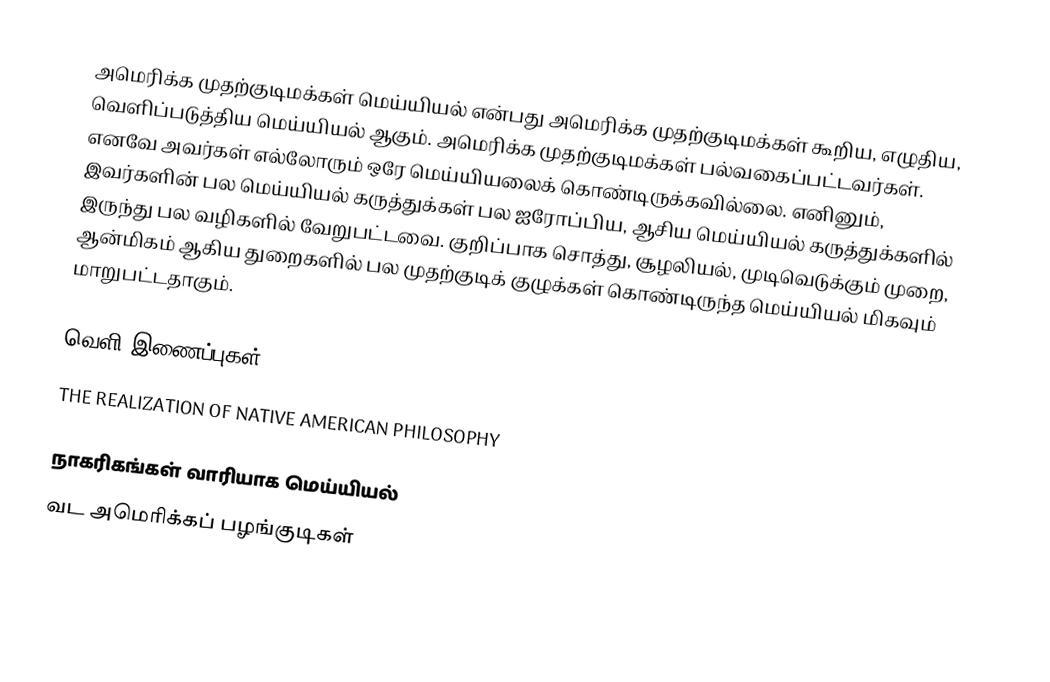
அமெரிக்க முதற்குடிமக்கள் மெய்யியல் என்பது அமெரிக்க முதற்குடிமக்கள் கூறிய, எழுதிய, வெளிப்படுத்திய மெய்யியல் ஆகும்.  அமெரிக்க முதற்குடிமக்கள் பல்வகைப்பட்டவர்கள்.  எனவே அவர்கள் எல்லோரும் ஒரே மெய்யியலைக் கொண்டிருக்கவில்லை.  எனினும், இவர்களின் பல மெய்யியல் கருத்துக்கள் பல ஐரோப்பிய, ஆசிய மெய்யியல் கருத்துக்களில் இருந்து பல வழிகளில் வேறுபட்டவை.  குறிப்பாக சொத்து, சூழலியல், முடிவெடுக்கும் முறை, ஆன்மிகம் ஆகிய துறைகளில் பல முதற்குடிக் குழுக்கள் கொண்டிருந்த மெய்யியல் மிகவும் மாறுபட்டதாகும்.

வெளி இணைப்புகள்
 THE REALIZATION OF NATIVE AMERICAN PHILOSOPHY

நாகரிகங்கள் வாரியாக மெய்யியல்
வட அமெரிக்கப் பழங்குடிகள்